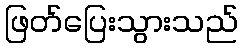
ဖြတ်ပြေးသွားသည်